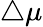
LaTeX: \triangle\mu